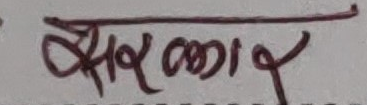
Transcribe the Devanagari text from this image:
सेरकार